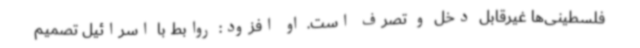
فلسطینی‌ها غیرقابل دخل و تصرف است. او افزود: روابط با اسرائیل تصمیم